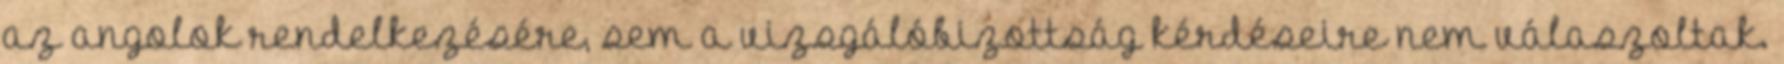
az angolok rendelkezésére, sem a vizsgálóbizottság kérdéseire nem válaszoltak.